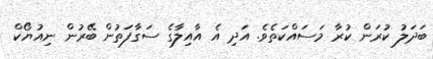
ބަދަލު ކުރަން ކުރާ މަސައްކަތެވެ. އަދި އެ އާއިލާގެ ސަގާފަތުން ބޭރުން ނިއުޔޯކް